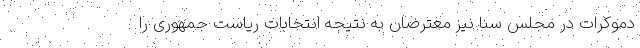
دموکرات در مجلس سنا نیز معترضان به نتیجه انتخابات ریاست جمهوری را